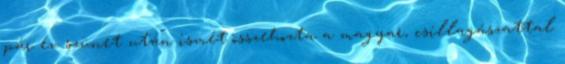
pár év szünet után ismét összehozta a magyar, csillagászattal